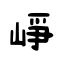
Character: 峥